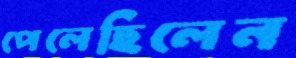
পেলেছিলেন